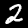
Digit: 2